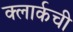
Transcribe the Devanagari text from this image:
क्‍लार्कची